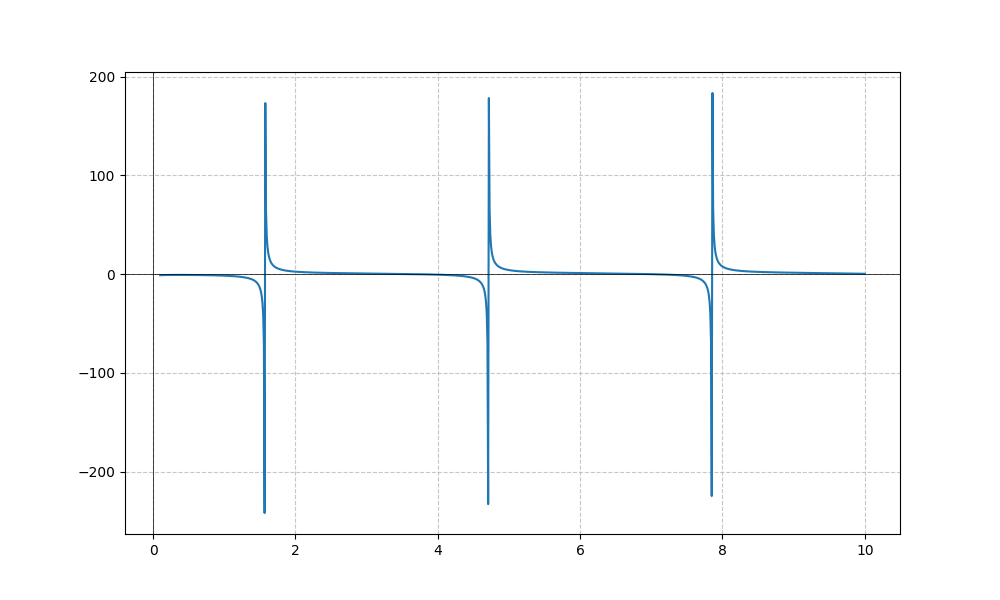
LaTeX formula: \frac{\log{\left(x \right)}}{\log{\left(10 \right)}} - \tan{\left(x \right)}